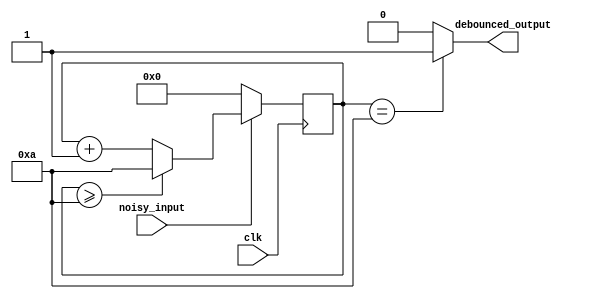
`timescale 1ns / 1ps

module debc(clk, noisy_input, debounced_output);
    input clk;
    input noisy_input;
    output debounced_output;


	reg [3:0] cnt;
	
	always @ (posedge clk)
	begin
		if(noisy_input) //unstable signal
		begin
			if(cnt>=4'b1010) //prevent cnt from setting to 0
				cnt <= 4'b1010;
			else
				cnt <= cnt + 4'd1;
		end
		else
			cnt<=0;
	end
	
	assign debounced_output = (cnt==4'b1010) ? 1'b1 : 1'b0; //10 cycle
endmodule